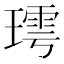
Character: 㻬